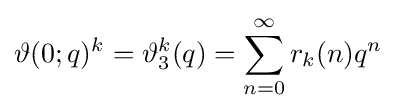
\vartheta (0;q)^{k}=\vartheta _{3}^{k}(q)=\sum _{n=0}^{\infty }r_{k}(n)q^{n}